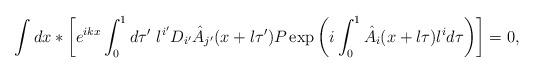
LaTeX: \begin{align*}\int dx \ast \biggl[e^{ikx} \int_0^1 d\tau'~l^{i'} D_{i'} \hat{A}_{j'} (x + l \tau')P \exp \left(i \int_0^1 \hat{A}_i ( x+l \tau) l^i d \tau \right)\biggr] =0,\end{align*}